Annual statistical returns and brief notes on vaccination in Bengal - 1887-1898
Year: 1887
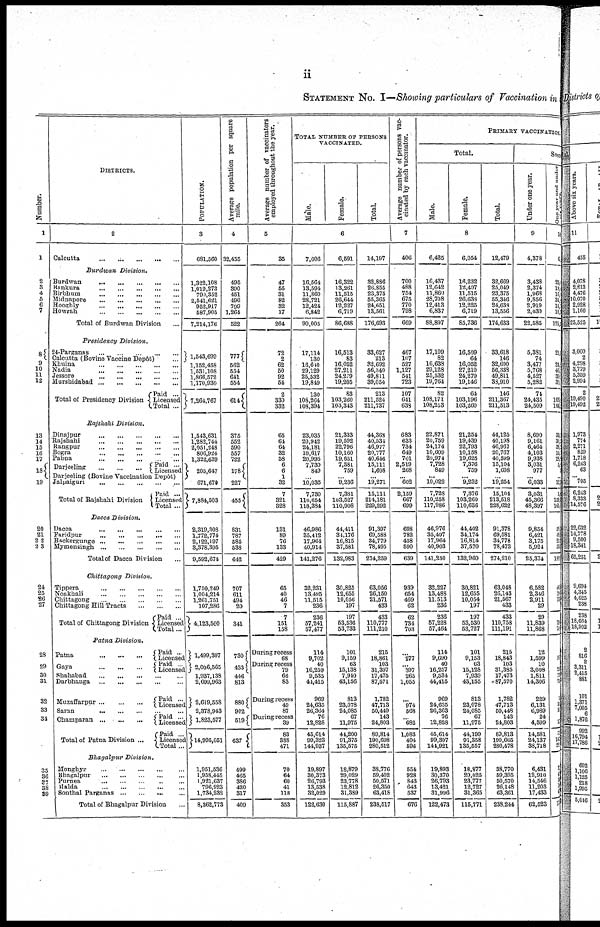
ii
STATEMENT No. I—Showing particulars of Vaccination in
Number.
1
1
2
3
4
5
6
7
8
9
10
11
12
13
14
15
16
17
18
19
20
21
22
23
24
25
26
27
28
29
30
31
32
33
34
35
36
37 38
39
DISTRICTS.
2
Calcutta
...
...
...
...
...
Burdwan
Division.
Burdwan
...
...
...
...
...
Bankura
...
...
...
...
...
Birbhum ... ... ... ... ...
Midnapore
...
...
...
...
...
Hooghly
...
...
...
...
...
Howrah
...
...
...
...
...
Total of Burdwan Division ...
Presidency
Division.
24-Parganas
...
...
...
...
...
Calcutta (Bovine Vaccine Depôt) ...
Khulna ... ... ... ... ...
Nadia
...
...
...
...
...
Jessore
...
...
...
...
...
Murshidabad
...
...
...
...
...
Total of Presidency Division
Paid ...
Licensed
Total ...
Rajshahi
Division.
Dinajpur
...
...
...
...
...
Rajshahi
...
...
...
...
...
Rangpur
...
...
...
...
...
Bogra
...
...
...
...
...
Pabna
...
...
...
...
...
Darjeeling
...
...
... Paid ...
Licensed
Darjeeling (Bovine Vaccination Depôt)
Jalpaiguri
...
...
...
...
...
Total of Rajshahi Division
Paid ...
Licensed
Total ...
Dacca
Division.
Dacca
...
...
...
...
...
Faridpur
...
...
...
...
...
Backergunge
...
...
...
...
...
Mymensingh
...
...
...
...
...
Total of Dacca Division ...
Chittagong
Division.
Tippera
...
...
...
...
...
Noakhali
...
...
...
...
...
Chittagong
...
...
...
...
...
Chittagong Hill Tracts
...
...
...
Total of Chittagong Division
Paid ...
Licensed
Total ...
Patna
Division.
Patna ... ... ...
Gaya
...
...
...
Paid ...
Licensed
Paid ...
Licensed
Shahabad
...
...
...
...
...
Darbhanga
...
...
...
...
...
Muzaffarpur
...
...
...
Paid ...
Licensed
Saran...
...
...
...
...
Champaran
...
...
...
Total of Patna Division ...
Paid ...
Licensed
Paid ...
Licensed
Total ...
Bhagalpur
Division.
Monghyr ... ... ... ... ...
Bhagalpur
...
...
...
...
...
Purnea
...
...
...
...
...
Malda ... ... ... ... ...
Sonthal Parganas ... ... ... ...
Total of Bhagalpur Division ...
POPULATION.
3
681,560
1,322,108
1,019,273
790,352 2,541,621
952,917
587,905
7,214,176
1,543,699
1,152,458
1,531,108
1,866,572 1,170,930
7,264,767
1,543,631
1,282,744
2,051,248
806,924
1,322,639
205,647
671,670
7,884,503
2,319,308
1,772,774
2,122,197
3,378,395
9,592,674
1,750,249
1,004,214
1,261,751
107,286
4,123,500
1,499,307
2,036,565
1,937,138
2,699,963
2,619,558
2,378,943
1,823,577
14,995,051
1,951,536
1,958,445
1,921,631
796,923
1,734,232
8,362,773
Average population per square
mile.
4
32,455
495
390
451 496
799
1,264
522
777
562
554
641
554
614
375
552
590
557
722
178
227
455
831
787
585
538
642
707
611
494
20
341
730
433
446
813
880
902
519
637
499
465
386
420
317
409
Average number of vaccinators
employed throughout the year.
5
35
47
55
31
82
32
17
264
72
2
62
50
92
54
2
330
332
65
64
64
32
58
6
6
1
32
7
321
328
131
89
76
133
429
65
40
46
7
7
151
158
During recess
68
During recess
79
66
83
During recess
49
87
During recess
39
83
388
471
70
64
60
41
118
353
TOTAL NUMBER OF PERSONS
VACCINATED.
Male.
Female.
Total.
6
7,606
16,564
13,594
11,860
28,721
12,424
6,842
90,005
17,114
130
16,640
29,129
25,532
19,849
130
108,264
108,394
23,035
20,942
24,181
10,617
20,995
7,730
849
...
10,035
7,730
110,654
118,384
46,986
35,412
17,964
40,914
141,276
32,231
13,495
11,515
236
236
57,241
57,477
114
9,702
40
16,259
9,535
44,415
969
24,635
26,364
76
12,828
45,614
99,323
144,937
19,897
30,373
26,793
13,538
32,029
122,630
6,591
16,322
13,261
11,515
26,644
12,227
6,719
86,688
16,513
83
16,052
27,211
24,279
19,205
83
103,260
103,343
21,333
19,592
22,796
10,160
19,851
7,381
759
...
9,236
7,381
103,527
110,908
44,411
34,176
16,815
37,581
132,983
30,825
12,655
10,056
197
197
53,536
53,733
101
9,159
63
15,138
7,940
43,156
813
23,078
24,085
67
11,975
41,200
91,375
135,575
18,879
29,029
23,778
12,812
31,389
115,887
14,197
32,886
26,855
23,375
55,365
24,651
13,561
176,693
33,627
213
32,692
56,340
49,811
39,054
213
211,524
211,737
44,368
40,534
46,977
20,777
40,646
15,111
1,608
...
19,271
15,111
214,181
229,292
91,397
69,588
34,779
78,495
274,259
63,056
26,150
21,571
433
433
110,777
111,210
215
18,861
103
31,397
17,475
87,571
1,782
47,713
50,419
143
24,803
89,814
190,698
280,512
38,776
59,402
50,571
26,350
63,418
238,517
Average number of persons vac-
cinated by each vaccinator.
7
406
700
488
754
675
770
798
669
467
107
527
1,127
541
723
107
641
638
683
633
734
649
701
2,519
268
...
602
2,159
667
699
698
782
458
590
639
939
654
469
62
62
734
703
...
277
... 397
265
1,055
...
974
568
...
682
1,083
494
596
554
928
843
643
537
676
PRIMARY VACCINATION.
Total.
Male.
Female.
Total.
8
6,425
16,437
12,642
11,860
28,708
12,413
6,837
88,897
17,109
82
16,638
29,128
25,532
19,764
82
108,171
108,253
22,871
20,759
24,174
10,609
20,974
7,728
849
...
10,022
7,728
110,258
117,986
46,976
35,407
17,964
40,903
141,250
32,227
13,488
11,513
236
236
57,228
57,464
114
9,690
40
16,257
9,534
44,415
969
24,635
26,363
76
12,828
45,614
99,307
144,921
19,893
30,370
26,793
13,421
31,996
122,473
6,054
16,232
12,407
11,515
26,638
12,225
6,719
85,736
16,509
64
16,052
27,210
24,279
19,146
64
103,196
103,260
21,254
19,439
22,793
10,158
19,625
7,376
759
... 9,232
7,376
103,260
110,636
44,402
34,174
16,814
37,570
132,960
30,821
12,655
10,054
197
197
53,530
53,727
101
9,153
63
15,128
7,939
43,155
813
23,078
24,085
67
11,975
44,199
91,358
135,557
18,877
29,025
23,777
12,727
31,365
115,771
12,479
32,669
25,049
23,375
55,346
24,638
13,556
174,633
33,618
146
32,690
56,338
49,811
38,910
146
211,367
211,513
44,125
40,198
46,967
20,767
40,599
15,104
1,608
...
19,254
15,104
213,518
228,622
91,378
69,581
31,778
78,473
274,210
63,048
26,143
21,567
433
433
110,758
111,191
215
18,843
103
31,385
17,473
87,570
1,782
47,713
50,448
143
24,803
89,813
190,665
280,478
38,770
59,395
50,570
26,148
63,361
238,244
Sex
Under one year.
9
4,378
3,438
2,374
1,968
9,856
2,919
2,039
22,585
5,381
74
3,477
5,768
4,527
5,282
74
24,435
24,509
8,690
9,161
6,464
4,103
9,938
3,031
977
... 6,033
3,031
45,366
48,397
9,854
6,421
3,175
5,924
25,374
6,582
2,346
2,911
29
29
11,839
11,868
12
1,599
10
3,008
1,811
14,306
229
6,131
6,989
24
4,599
14,581
24,137
38,718
6,431
12,910
14,546
11,203
17,433
62,523
One year and under
10
6
23,
19,
16,
34 18,
10,
125,
25,
24,
46,
39,
39
166
166
33
30,
38
15
23
5,
... ...
12
5
150
165
59
48
21
53
18
45
18
13
79
74
18
23
12
71
1
3
3
1
7
14
2
5
4
8 1
4
15